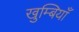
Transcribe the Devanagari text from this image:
खुम्बियाँ